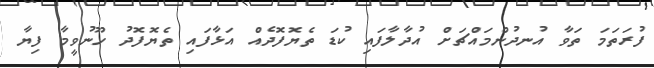
ފުރަތަމަ ތަވާ އުނދުންމައްޗަށް އުދާލާފައި ކުޑަ ތެޔޮފޮދެއް އަޅާފައި ތެޔޮފޮދު ހޫނުވީމާ ފިޔާ